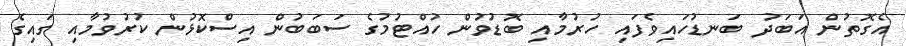
އެގޮތުން އަބަދު ބަނޑުހައިވެފައި ހުރުމާއި ބޮޑުވުން ހުއްޓުމުގެ ސަބަބުން އިސްކޮޅުން ކުރުވުމާއި ގައިގެ